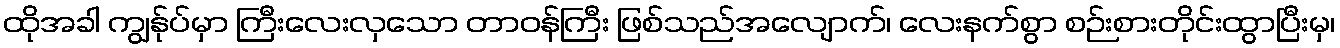
ထိုအခါ ကျွန်ုပ်မှာ ကြီးလေးလှသော တာဝန်ကြီး ဖြစ်သည်အလျောက်၊ လေးနက်စွာ စဉ်းစားတိုင်းထွာပြီးမှ၊